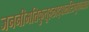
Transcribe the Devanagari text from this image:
जननीमतिकुतूहलाद्बालस्त्रिभुवनत्राता